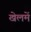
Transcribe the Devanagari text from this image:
खेलमें